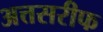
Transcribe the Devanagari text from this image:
अत्तसरीफ